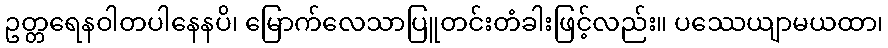
ဥတ္တရေနဝါတပါနေနပိ၊ မြောက်လေသာပြူတင်းတံခါးဖြင့်လည်း။ ပဿေယျာမယထာ၊